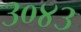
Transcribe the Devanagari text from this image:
३०४३